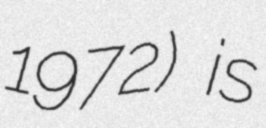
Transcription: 1972) is